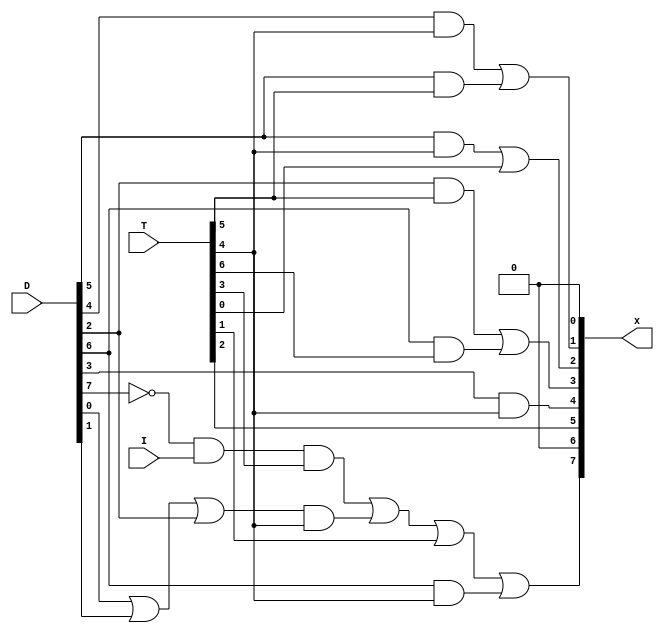
module BUS_Control(x, D, T, I);

	input  I;
	input [7:0] T, D;

	output [7:0] x;

	wire D7n = ~D[7];
	wire A1,A2,A3,A4,A5,A6,A7,A8;
	assign A1= D[5] & T[5] ;
	assign A2= D[4] & T[4] ;
	assign A3= D[5] & T[4] ;
	assign A4= D[2]& T[5]  ;
	assign A5= (D[6] & T[6]);
	assign A6=  D7n & I & T[3];
	assign A7= ((D[0] | D[1] | D[2]) & T[4]);
	assign A8 = (D[6] & T[4]);
	
	assign x[0] = 0;
	assign x[1] = A2 | A1;                                                         //AR as source
	assign x[2] = A3 | T[0];                                                       //PC as source
	assign x[3] = A4 | A5  ;                                                       //DR as source
	assign x[4] = D[3] & T[4];                                                     //AC as source
	assign x[5] = T[2] ;                                                           //IR as source
    assign x[6] = 0 ;                                                              //TR as source
    assign x[7] = A6 | A7 | T[1] | A8;                                             //M[AR] as source

endmodule